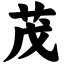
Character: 茂